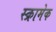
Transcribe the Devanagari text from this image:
स्क्रामेक